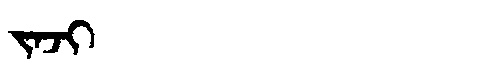
Manchu: ᠵᠠᠵᡳ
Romanization: JAJI